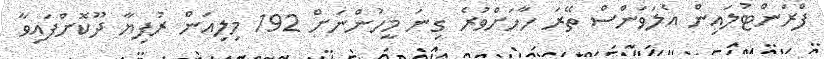
ފްރަންޓުލައިން އެލަވަންސް ތޭރަ ހާހަށްވުރެ ގިނަ މީހުންނަށް 192 މިލިއަން ރުފިޔާ ދޫކޮށްފައިވާ